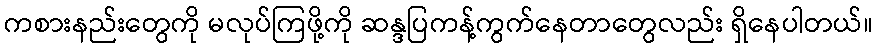
ကစားနည်းတွေကို မလုပ်ကြဖို့ကို ဆန္ဒပြကန့်ကွက်နေတာတွေလည်း ရှိနေပါတယ်။